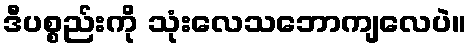
ဒီပစ္စည်းကို သုံးလေသဘောကျလေပဲ။